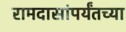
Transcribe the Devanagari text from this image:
रामदासांपर्यंतच्या